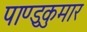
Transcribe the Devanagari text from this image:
पाण्डुकुमार